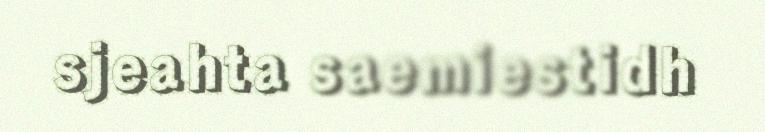
sjeahta saemiestidh